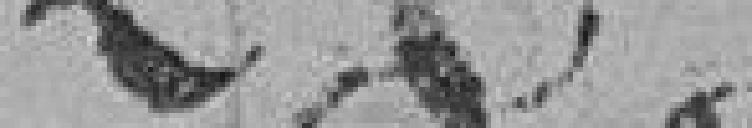
283